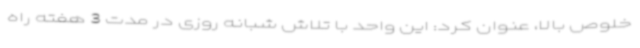
خلوص بالا، عنوان کرد: این واحد با تلاش شبانه روزی در مدت 3 هفته راه